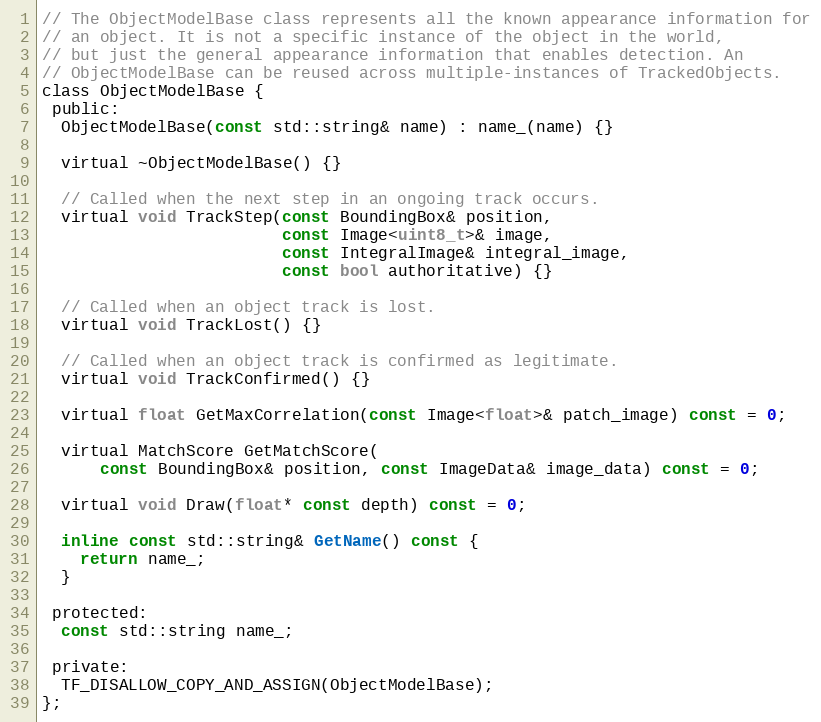
Language: C
// The ObjectModelBase class represents all the known appearance information for
// an object. It is not a specific instance of the object in the world,
// but just the general appearance information that enables detection. An
// ObjectModelBase can be reused across multiple-instances of TrackedObjects.
class ObjectModelBase {
 public:
  ObjectModelBase(const std::string& name) : name_(name) {}

  virtual ~ObjectModelBase() {}

  // Called when the next step in an ongoing track occurs.
  virtual void TrackStep(const BoundingBox& position,
                         const Image<uint8_t>& image,
                         const IntegralImage& integral_image,
                         const bool authoritative) {}

  // Called when an object track is lost.
  virtual void TrackLost() {}

  // Called when an object track is confirmed as legitimate.
  virtual void TrackConfirmed() {}

  virtual float GetMaxCorrelation(const Image<float>& patch_image) const = 0;

  virtual MatchScore GetMatchScore(
      const BoundingBox& position, const ImageData& image_data) const = 0;

  virtual void Draw(float* const depth) const = 0;

  inline const std::string& GetName() const {
    return name_;
  }

 protected:
  const std::string name_;

 private:
  TF_DISALLOW_COPY_AND_ASSIGN(ObjectModelBase);
};